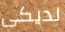
لديكى